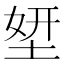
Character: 𡌎